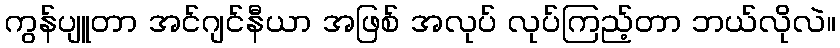
ကွန်ပျူတာ အင်ဂျင်နီယာ အဖြစ် အလုပ် လုပ်ကြည့်တာ ဘယ်လိုလဲ။